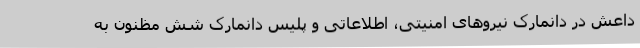
داعش در دانمارک نیروهای امنیتی، اطلاعاتی و پلیس دانمارک شش مظنون به